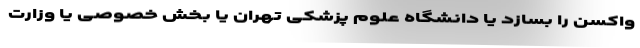
واکسن را بسازد یا دانشگاه علوم پزشکی تهران یا بخش خصوصی یا وزارت